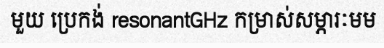
មួយ ប្រេកង់ resonantGHz កម្រាស់សម្ភារៈមម